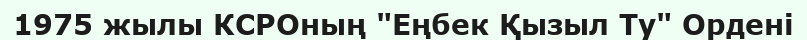
1975 жылы КСРОның "Еңбек Қызыл Ту" Ордені